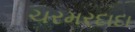
ચરમરદાદા